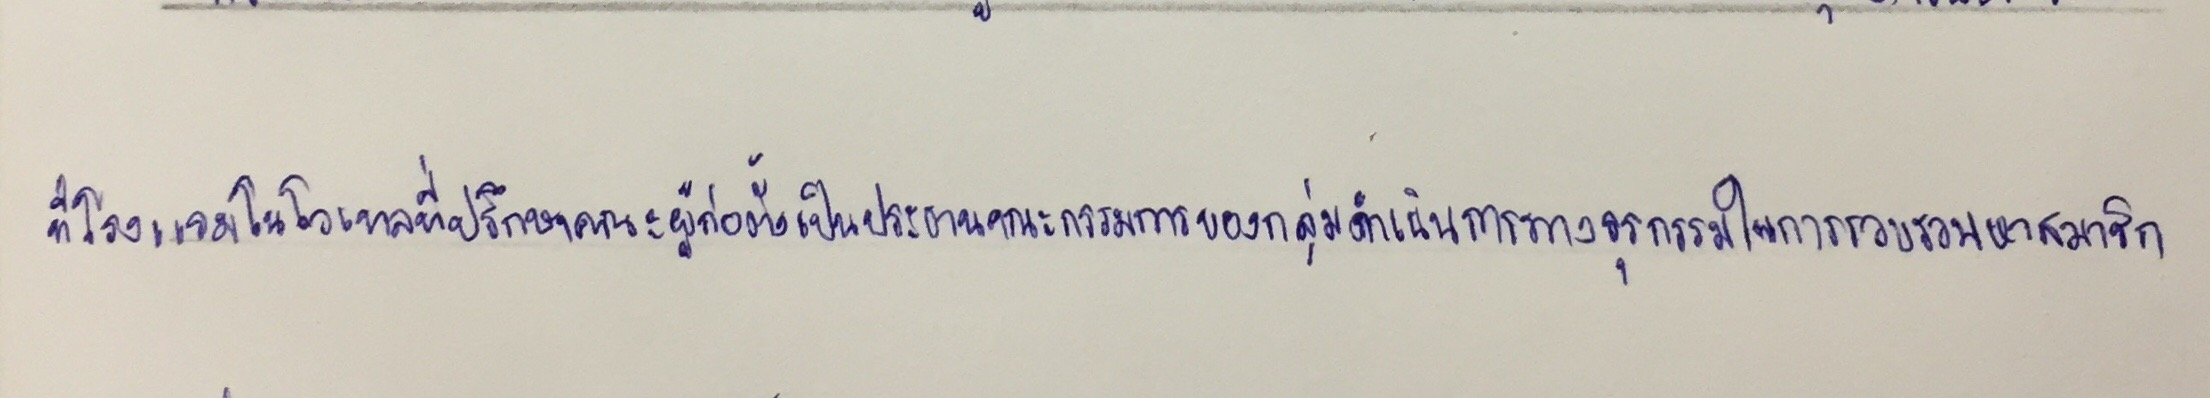
ที่โรงแรมโนโวเทลที่ปรึกษาคณะผู้ก่อตั้งเป็นประธานคณะกรรมการของกลุ่มดำเนินการทางธุรการในการรวบรวมหาสมาชิก